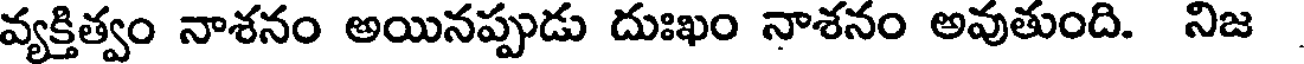
వ్యక్తిత్వం నాశనం అయినప్పుడు దుఃఖం నాశనం అవుతుంది. నిజ